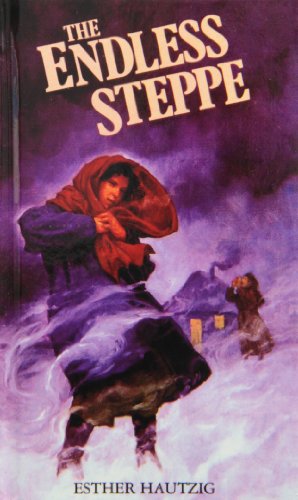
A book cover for The Endless Steppe: Growing Up in Siberia; Esther Rudomin Hautzig; Teen & Young Adult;